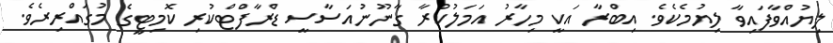
ލިޔުއްވާފައިވާ ލިޔުމެކެވެ. އިބްރާ އަކީ މިހާރު އަމަލުކުރާ ގާނޫނުއަސާސީ ޑްރާފްޓްކުރި ކޮމިޓީގެ މުގައްރިރެވެ.